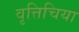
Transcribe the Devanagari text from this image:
वृत्तिचिया